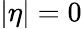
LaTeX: |\eta|=0